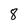
Character: 8